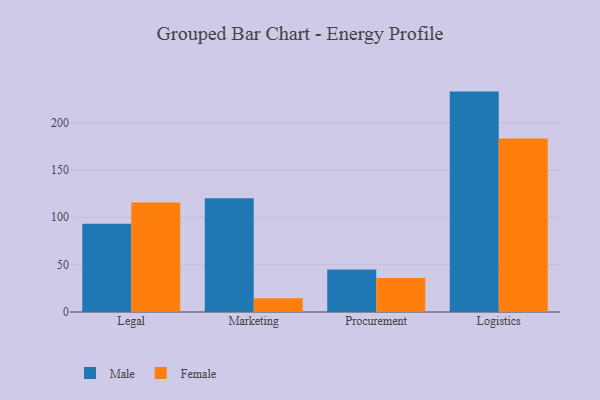
{"axis": {"x": "Department", "y": "Budget (USD K)"}, "legend": ["Female", "Male"], "data": [{"x": "Legal", "y": 93.2, "type": "Male"}, {"x": "Legal", "y": 115.6, "type": "Female"}, {"x": "Marketing", "y": 120.1, "type": "Male"}, {"x": "Marketing", "y": 14.4, "type": "Female"}, {"x": "Procurement", "y": 45.0, "type": "Male"}, {"x": "Procurement", "y": 36.0, "type": "Female"}, {"x": "Logistics", "y": 232.7, "type": "Male"}, {"x": "Logistics", "y": 183.3, "type": "Female"}]}